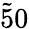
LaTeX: \tilde{5}0